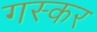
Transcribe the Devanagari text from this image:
गस्कर